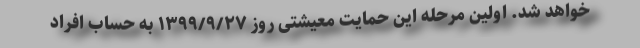
خواهد شد. اولین مرحله این حمایت معیشتی روز ١٣٩٩/٩/٢٧ به حساب افراد